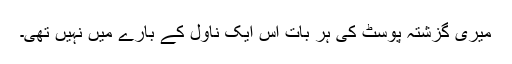
میری گزشتہ پوسٹ کی ہر بات اس ایک ناول کے بارے میں نہیں تھی۔